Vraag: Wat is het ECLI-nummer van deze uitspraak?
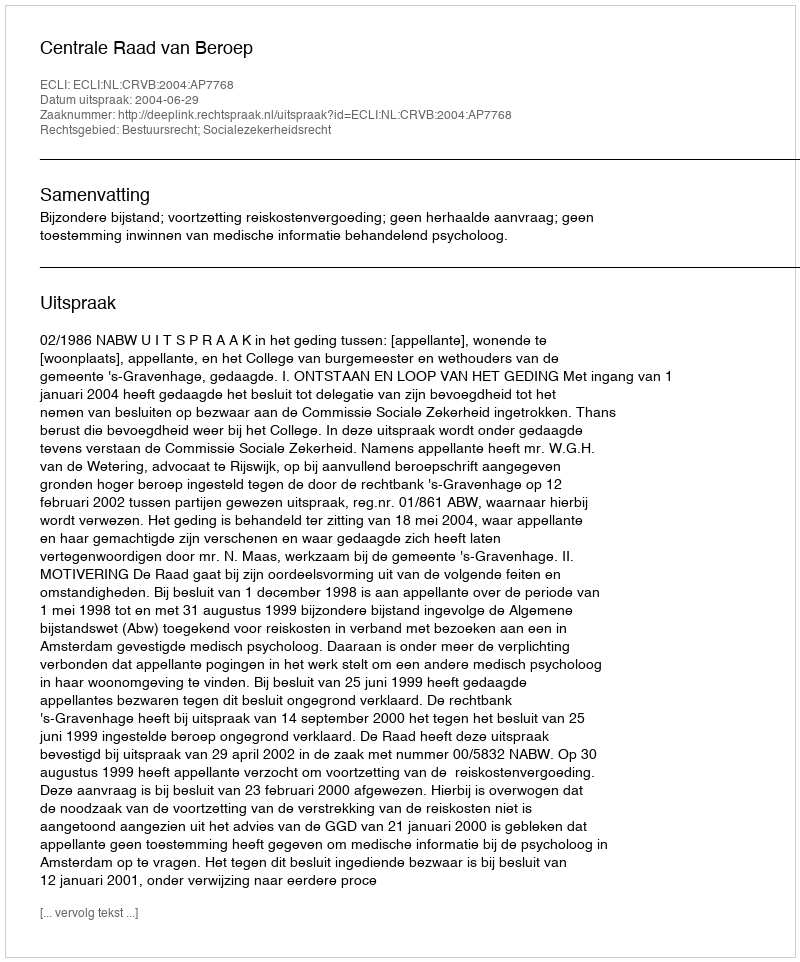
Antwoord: ECLI:NL:CRVB:2004:AP7768